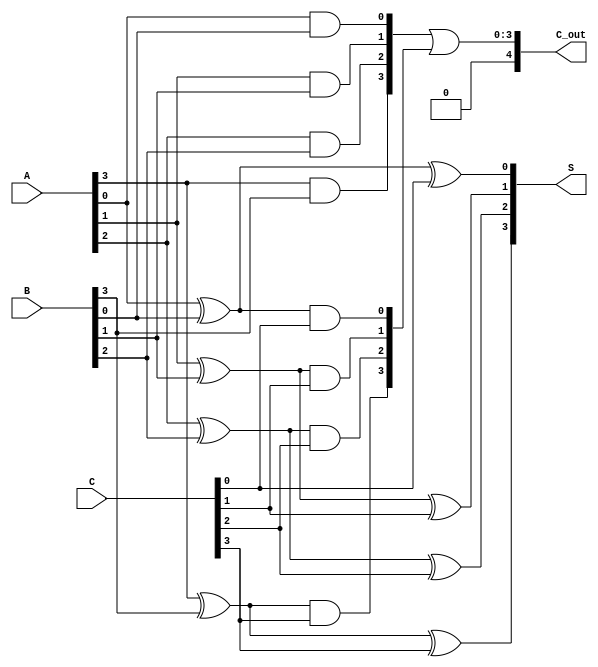
module dynamic_carry_save_adder #(parameter N = 4) (
    input [N-1:0] A,   // First input
    input [N-1:0] B,   // Second input
    input [N-1:0] C,   // Third input
    output [N-1:0] S,  // Sum output
    output [N:0] C_out // Carry output (N+1 to handle carry out)
);

// Full Adder Logic
wire [N-1:0] sum_1, carry_1;
wire [N-1:0] sum_2, carry_2;
wire [N-1:0] carry_save;

// First stage: Pairwise addition
genvar i;

// Pairwise adding first two inputs A and B
generate
    for (i = 0; i < N; i = i + 1) begin : stage1
        // Full adder for A and B
        assign sum_1[i] = A[i] ^ B[i];
        assign carry_1[i] = A[i] & B[i];
    end
endgenerate

// Add C to the sum_1 from previous addition
generate
    for (i = 0; i < N; i = i + 1) begin : stage2
        // Full adder for sum_1 and C
        assign sum_2[i] = sum_1[i] ^ C[i]; // Sum output
        assign carry_2[i] = sum_1[i] & C[i]; // Carry output
    end
endgenerate

// Final carry generation
assign carry_save = carry_1 ^ carry_2; // Carry save
assign C_out = carry_1 | carry_2; // Final Carry Out
assign S = sum_2;

endmodule